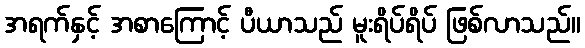
အရက်နှင့် အစာကြောင့် ပီယာသည် မူးရိပ်ရိပ် ဖြစ်လာသည်။